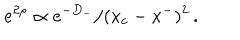
\: e ^ { 2 \rho } \propto e ^ { - D _ { - } } / ( x _ { c } - x ^ { - } ) ^ { 2 } \, . \: